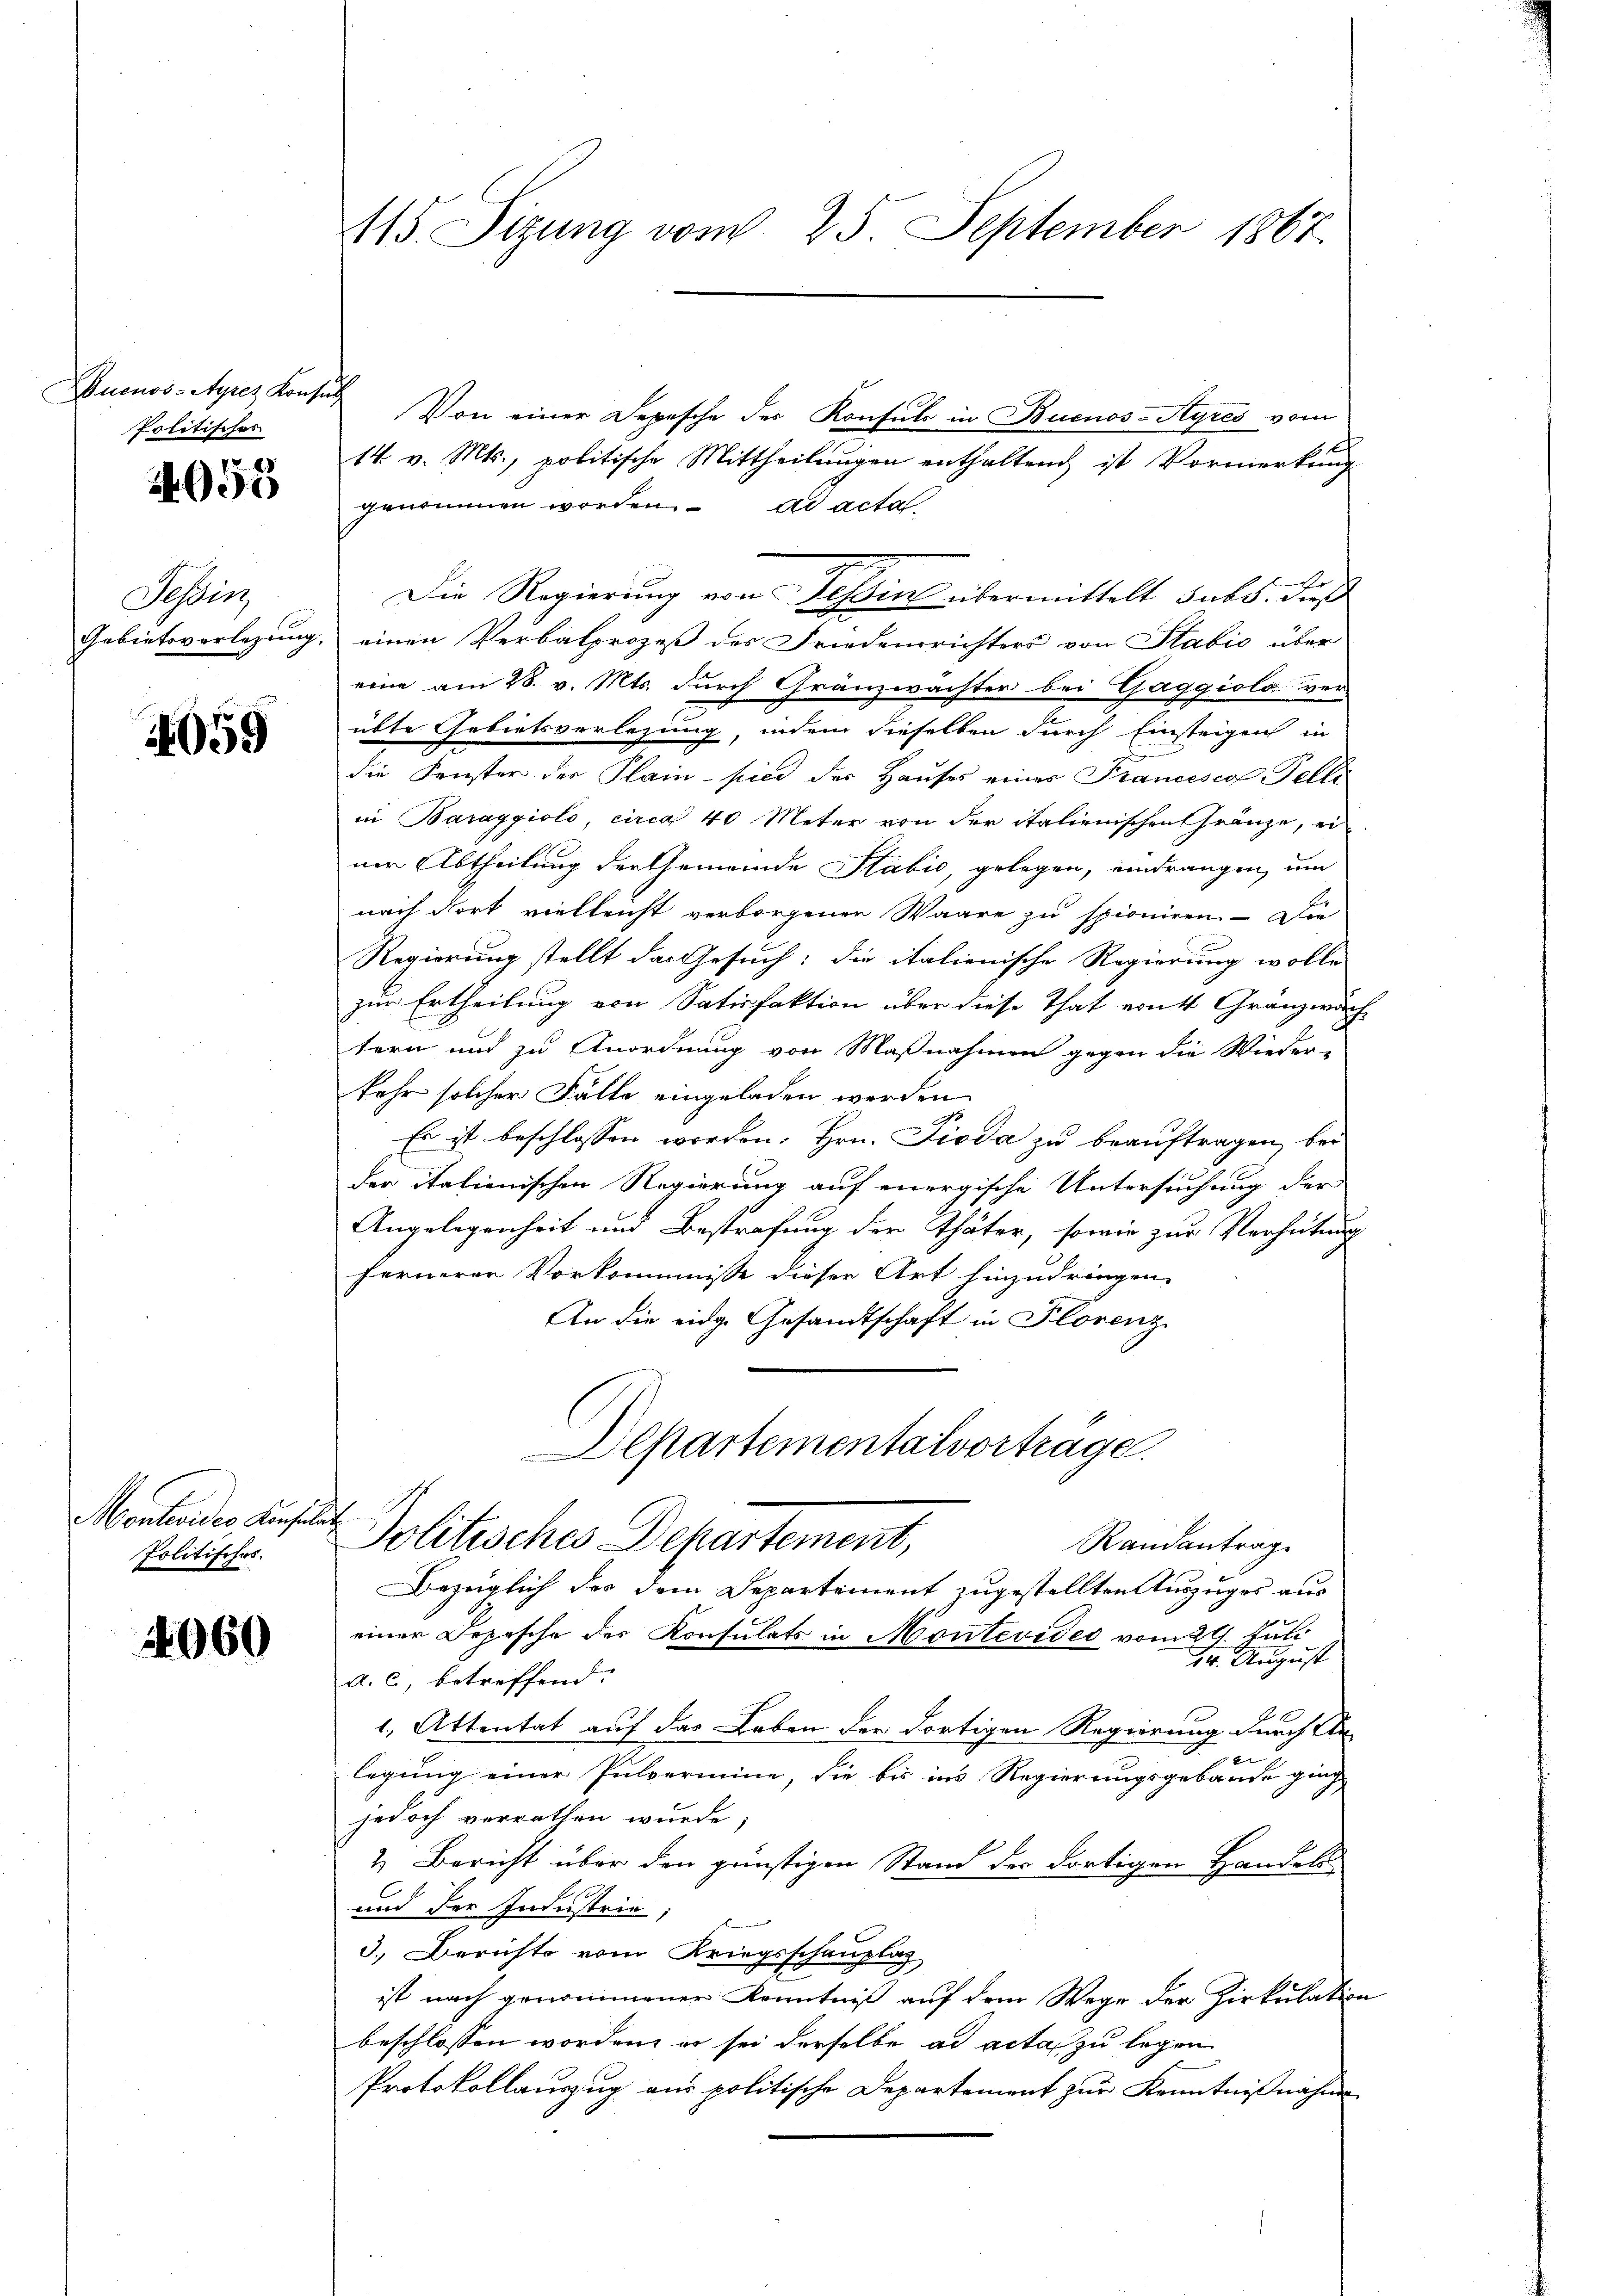
Buenos-Ayres Konsul
Politisches

2955

Tessin

959

Montevider, Konsul
Politisches.

4060

115. Sizung vom 25. September 1867.

Von einer Depesche der Konsuls in Buenos-Ayres vom
14. v. Mts., politische Mittheilŭngen enthaltend ist Vormerkŭng
genommen worden. ad acta.
n
Die Regierung von Tessin übermittelt sub 5. dies
Gebietsvorlegung, einen Verbalprozeß des Friedensrichters von Stabić über
eine am 28. v. Mts. durch Gränzwächter bei Gaggiolo. Ver-
übte Gebietsverlesung, indem dieselben durch Einsteigen in
die Fenster der Plain - sind des Hauses eines Francesco Telli
in Baraggiolo, circa 40 Meter von der italienischen Gränze, ei
ner Abtheilung der Gemeinde Stäbić, gelegen, eindrangen, um
nach dort vielleicht verborgenen Waare zu spioniren. — Die
Regierung stellt das Gesuch: die italienische Regierung wolle
zur Ertheilung von Satisfaktion über diese That ernt Gränzwach
tern und zu Anordnung von Maßnahmen gegen die Wieder-
kehr solcher Fälle eingeladen werden
Es ist beschlossen worden. Hrn. Pioda zu beauftragen, bei
der italienischen Regierung auf energische Untersuchung der
Angelegenheit und Bestrafung der Thäter, sowie zur Verhütung
fernerer Vorkommnisse dieser Art hinzudringen.
An die eidg. Gesandtschaft in Florenz
Departementalvorträge.
h
Politisches Departement,
Randantrag
Bezüglich des dem Departement zugestellten Auszuges aus
einer Depesche der Konsulats in Montevideo vom 29. Juli
14. August
a. c., betreffend.
1. Attentat auf das Leben der dortigen Regierung durch Urx
legung einer Pulvermine, die bis ins Regierungsgebäude ging
jedoch verrathen wurde;
2. Bericht über den günstigen Stand der dortigen Handels-
C
und der Industrie;
3.) Berichte vom Kriegsschauplag
ist nach genommener Kenntniß auf dem Wege der Zirkulation
beschlossen worden, er sei derselbe ad acta zu legen
Protokollauszug aus politische Departement zur Kenntnißnahme

ve